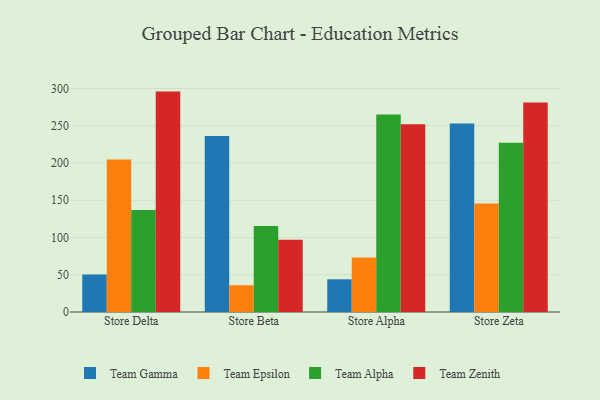
{"axis": {"x": "Store", "y": "Backlog"}, "legend": ["Team Alpha", "Team Epsilon", "Team Gamma", "Team Zenith"], "data": [{"x": "Store Delta", "y": 50.2, "type": "Team Gamma"}, {"x": "Store Delta", "y": 204.9, "type": "Team Epsilon"}, {"x": "Store Delta", "y": 136.9, "type": "Team Alpha"}, {"x": "Store Delta", "y": 295.9, "type": "Team Zenith"}, {"x": "Store Beta", "y": 236.2, "type": "Team Gamma"}, {"x": "Store Beta", "y": 35.9, "type": "Team Epsilon"}, {"x": "Store Beta", "y": 115.3, "type": "Team Alpha"}, {"x": "Store Beta", "y": 96.9, "type": "Team Zenith"}, {"x": "Store Alpha", "y": 43.9, "type": "Team Gamma"}, {"x": "Store Alpha", "y": 73.2, "type": "Team Epsilon"}, {"x": "Store Alpha", "y": 265.1, "type": "Team Alpha"}, {"x": "Store Alpha", "y": 252.1, "type": "Team Zenith"}, {"x": "Store Zeta", "y": 253.1, "type": "Team Gamma"}, {"x": "Store Zeta", "y": 145.5, "type": "Team Epsilon"}, {"x": "Store Zeta", "y": 227.3, "type": "Team Alpha"}, {"x": "Store Zeta", "y": 281.1, "type": "Team Zenith"}]}